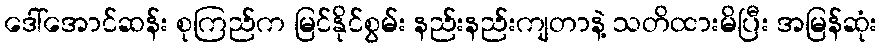
ဒေါ်အောင်ဆန်း စုကြည်က မြင်နိုင်စွမ်း နည်းနည်းကျတာနဲ့ သတိထားမိပြီး အမြန်ဆုံး